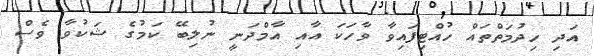
އަދި ހިދުމަތްތައް ހުއްޓިފައިވާ ވާހަކަ އާއި އާމްދަނީ ނުލިބޭ ކަމުގެ ޝަކުވާ ވެސް